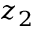
z _ { 2 }